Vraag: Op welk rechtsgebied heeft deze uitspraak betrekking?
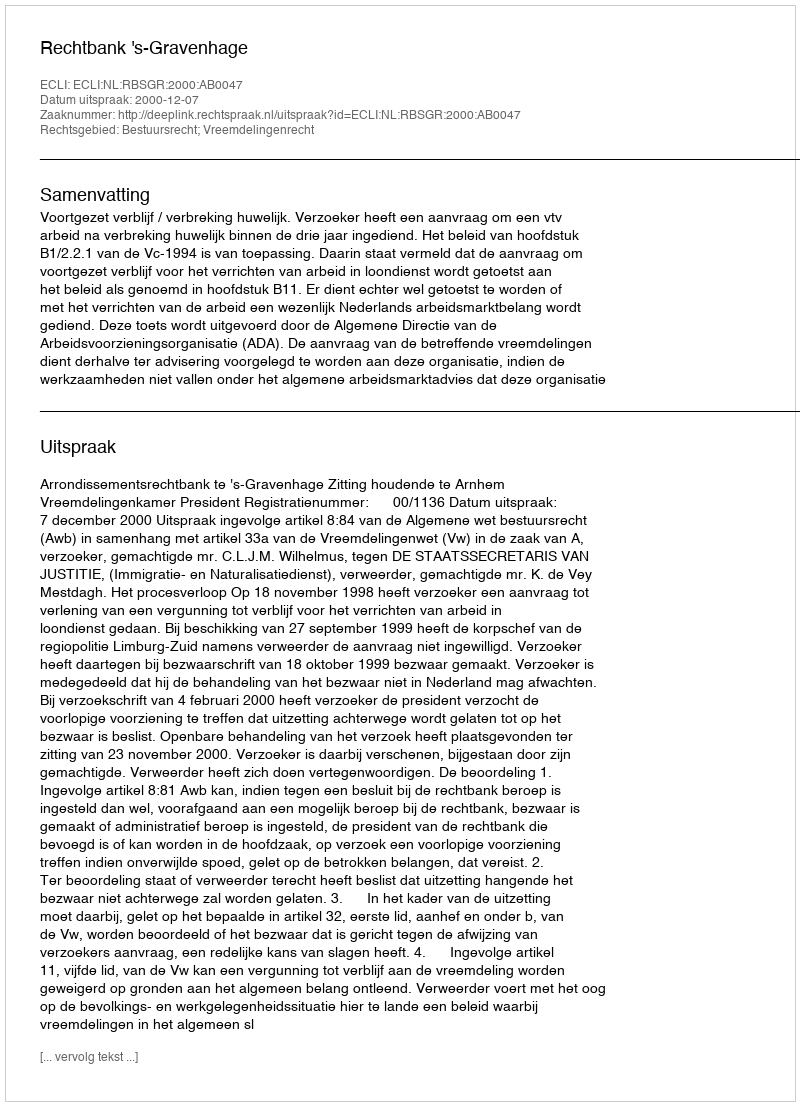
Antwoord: Bestuursrecht; Vreemdelingenrecht